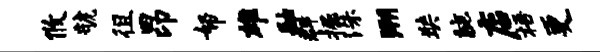
攸虢徂昂帑雄融群掘洙溯奘腕店梧更